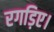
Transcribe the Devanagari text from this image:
रगड़िए।